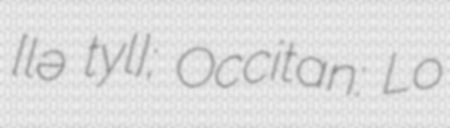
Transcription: ​[lə tʁyɛl]; Occitan: Lo